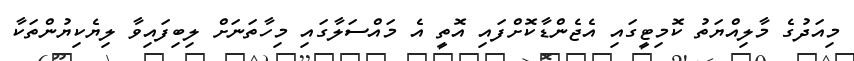
މިއަދުގެ މާލިއްޔަތު ކޮމިޓީގައި އެޖެންޑާކޮށްފައި އޮތީ އެ މައްސަލާގައި މިހާތަނަށް ލިބިފައިވާ ލިޔެކިޔުންތަކާ